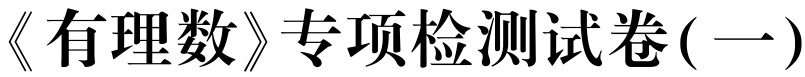
《有理数》专项检测试卷( 一)